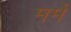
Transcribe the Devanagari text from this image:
मर्मे